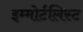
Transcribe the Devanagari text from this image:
इम्मोर्टलिस्ट